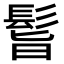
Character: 𩬺